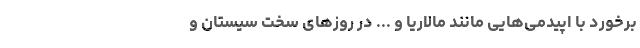
برخورد با اپیدمی‌هایی مانند مالاریا و ... در روزهای سخت سیستان و